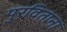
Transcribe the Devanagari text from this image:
पुरविताना